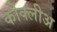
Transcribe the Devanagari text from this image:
कोक्लीअ